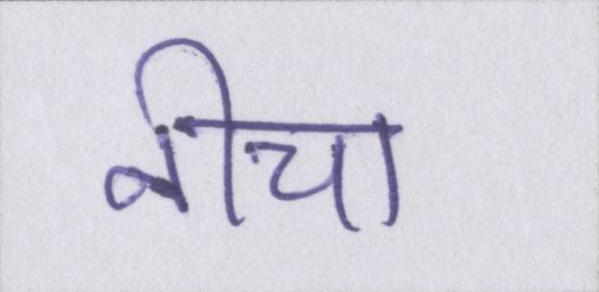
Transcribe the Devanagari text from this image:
नीचा